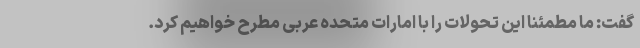
گفت: ما مطمئنا این تحولات را با امارات متحده عربی مطرح خواهیم کرد.